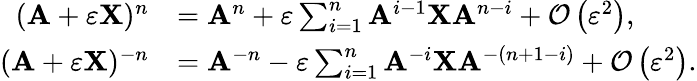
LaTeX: {\begin{array}{rl}{(\mathbf{A}+\varepsilon\mathbf{X})^{n}}&{=\mathbf{A}^{n}+\varepsilon\sum_{i=1}^{n}\mathbf{A}^{i-1}\mathbf{X}\mathbf{A}^{n-i}+{\mathcal{O}}\left(\varepsilon^{2}\right),}\\ {(\mathbf{A}+\varepsilon\mathbf{X})^{-n}}&{=\mathbf{A}^{-n}-\varepsilon\sum_{i=1}^{n}\mathbf{A}^{-i}\mathbf{X}\mathbf{A}^{-(n+1-i)}+{\mathcal{O}}\left(\varepsilon^{2}\right).}\end{array}}